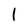
Character: 1